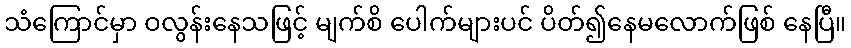
သံကြောင်မှာ ဝလွန်းနေသဖြင့် မျက်စိ ပေါက်များပင် ပိတ်၍နေမလောက်ဖြစ် နေပြီ။